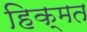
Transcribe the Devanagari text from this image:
हिक्मत